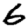
Digit: 6